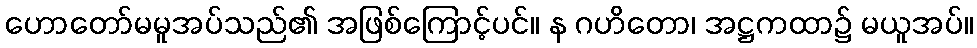
ဟောတော်မမူအပ်သည်၏ အဖြစ်ကြောင့်ပင်။ န ဂဟိတော၊ အဋ္ဌကထာ၌ မယူအပ်။